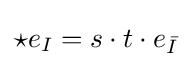
{\star }e_{I}=s\cdot t\cdot e_{\bar {I}}